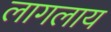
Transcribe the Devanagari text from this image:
लागलाय